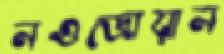
নওজোয়ান